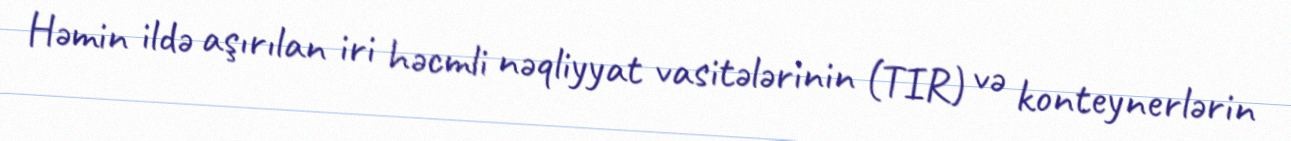
Həmin ildə aşırılan iri həcmli nəqliyyat vasitələrinin (TIR) və konteynerlərin